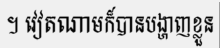
។ វៀតណាមក៏បានបង្ហាញខ្លួន